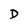
Character: D